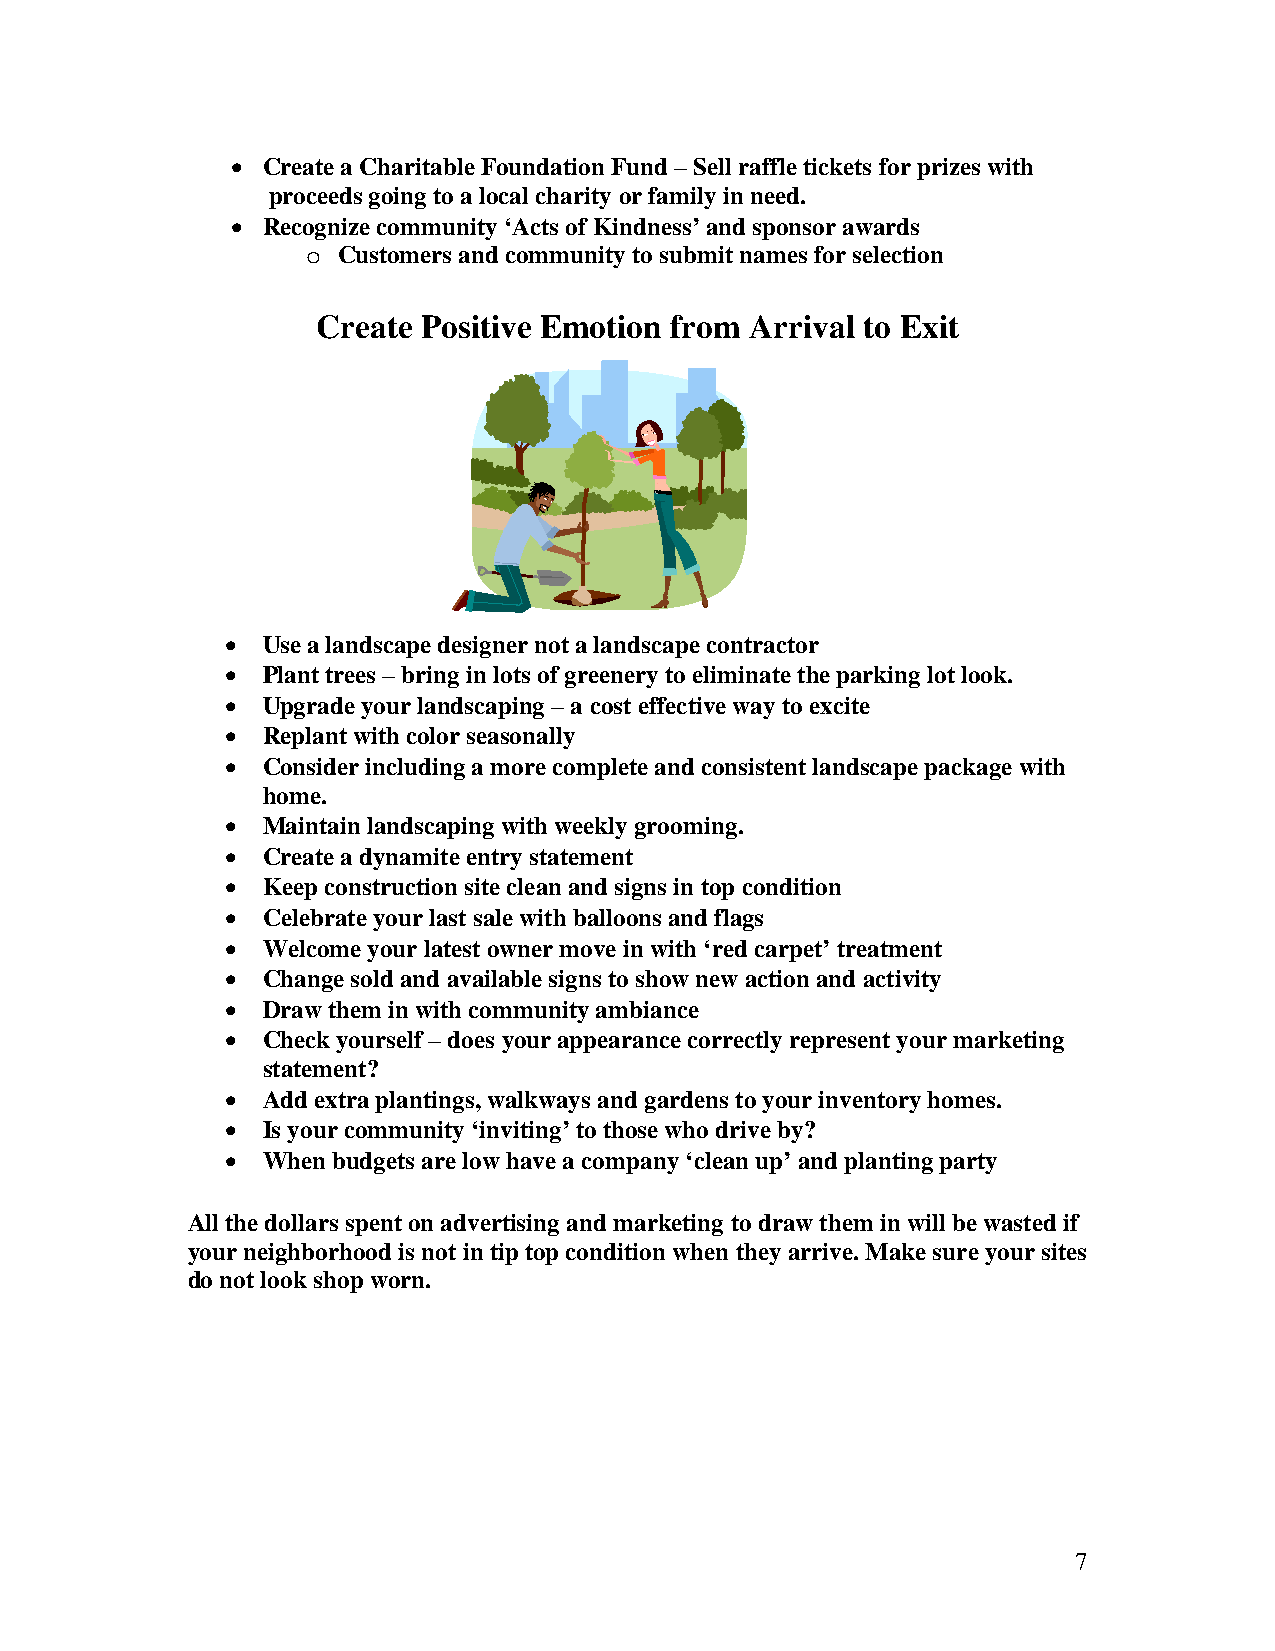
• Create a Charitable Foundation Fund – Sell raffle tickets for prizes with
 proceeds going to a local charity or family in need.
 • Recognize community ‘Acts of Kindness’ and sponsor awards
 o Customers and community to submit names for selection
 Create Positive Emotion from Arrival to Exit
 • Use a landscape designer not a landscape contractor
 • Plant trees – bring in lots of greenery to eliminate the parking lot look.
 • Upgrade your landscaping – a cost effective way to excite
 • Replant with color seasonally
 • Consider including a more complete and consistent landscape package with
 home.
 • Maintain landscaping with weekly grooming.
 • Create a dynamite entry statement
 • Keep construction site clean and signs in top condition
 • Celebrate your last sale with balloons and flags
 • Welcome your latest owner move in with ‘red carpet’ treatment
 • Change sold and available signs to show new action and activity
 • Draw them in with community ambiance
 • Check yourself – does your appearance correctly represent your marketing
 statement?
 • Add extra plantings, walkways and gardens to your inventory homes.
 • Is your community ‘inviting’ to those who drive by?
 • When budgets are low have a company ‘clean up’ and planting party
 All the dollars spent on advertising and marketing to draw them in will be wasted if
 your neighborhood is not in tip top condition when they arrive. Make sure your sites
 do not look shop worn.
 7